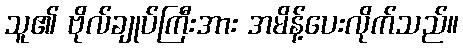
သူ၏ ဗိုလ်ချုပ်ကြီးအား အမိန့်ပေးလိုက်သည်။